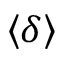
\left\langle \delta \right\rangle